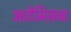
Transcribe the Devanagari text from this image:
आर्टेमिसचा